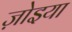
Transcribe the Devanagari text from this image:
ज़ोइया